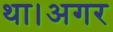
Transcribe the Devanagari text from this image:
था।अगर